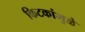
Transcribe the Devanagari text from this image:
किटकांमुळे